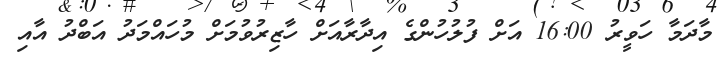
މާދަމާ ހަވީރު 16:00 އަށް ފުލުހުންގެ އިދާރާއަށް ހާޒިރުވުމަށް މުހައްމަދު އަބްދު އާއި